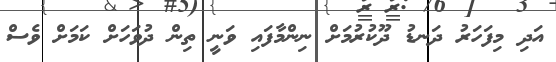
އަދި މިފަހަރު ދަނޑު ދޫކުރުމަށް ނިންމާފައި ވަނީ ތިން ދުވަހަށް ކަމަށް ވެސް